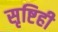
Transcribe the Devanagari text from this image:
सृष्टिही